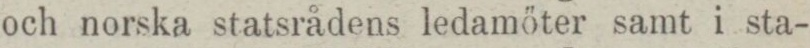
och norska statsrådens ledamöter samt i sta-